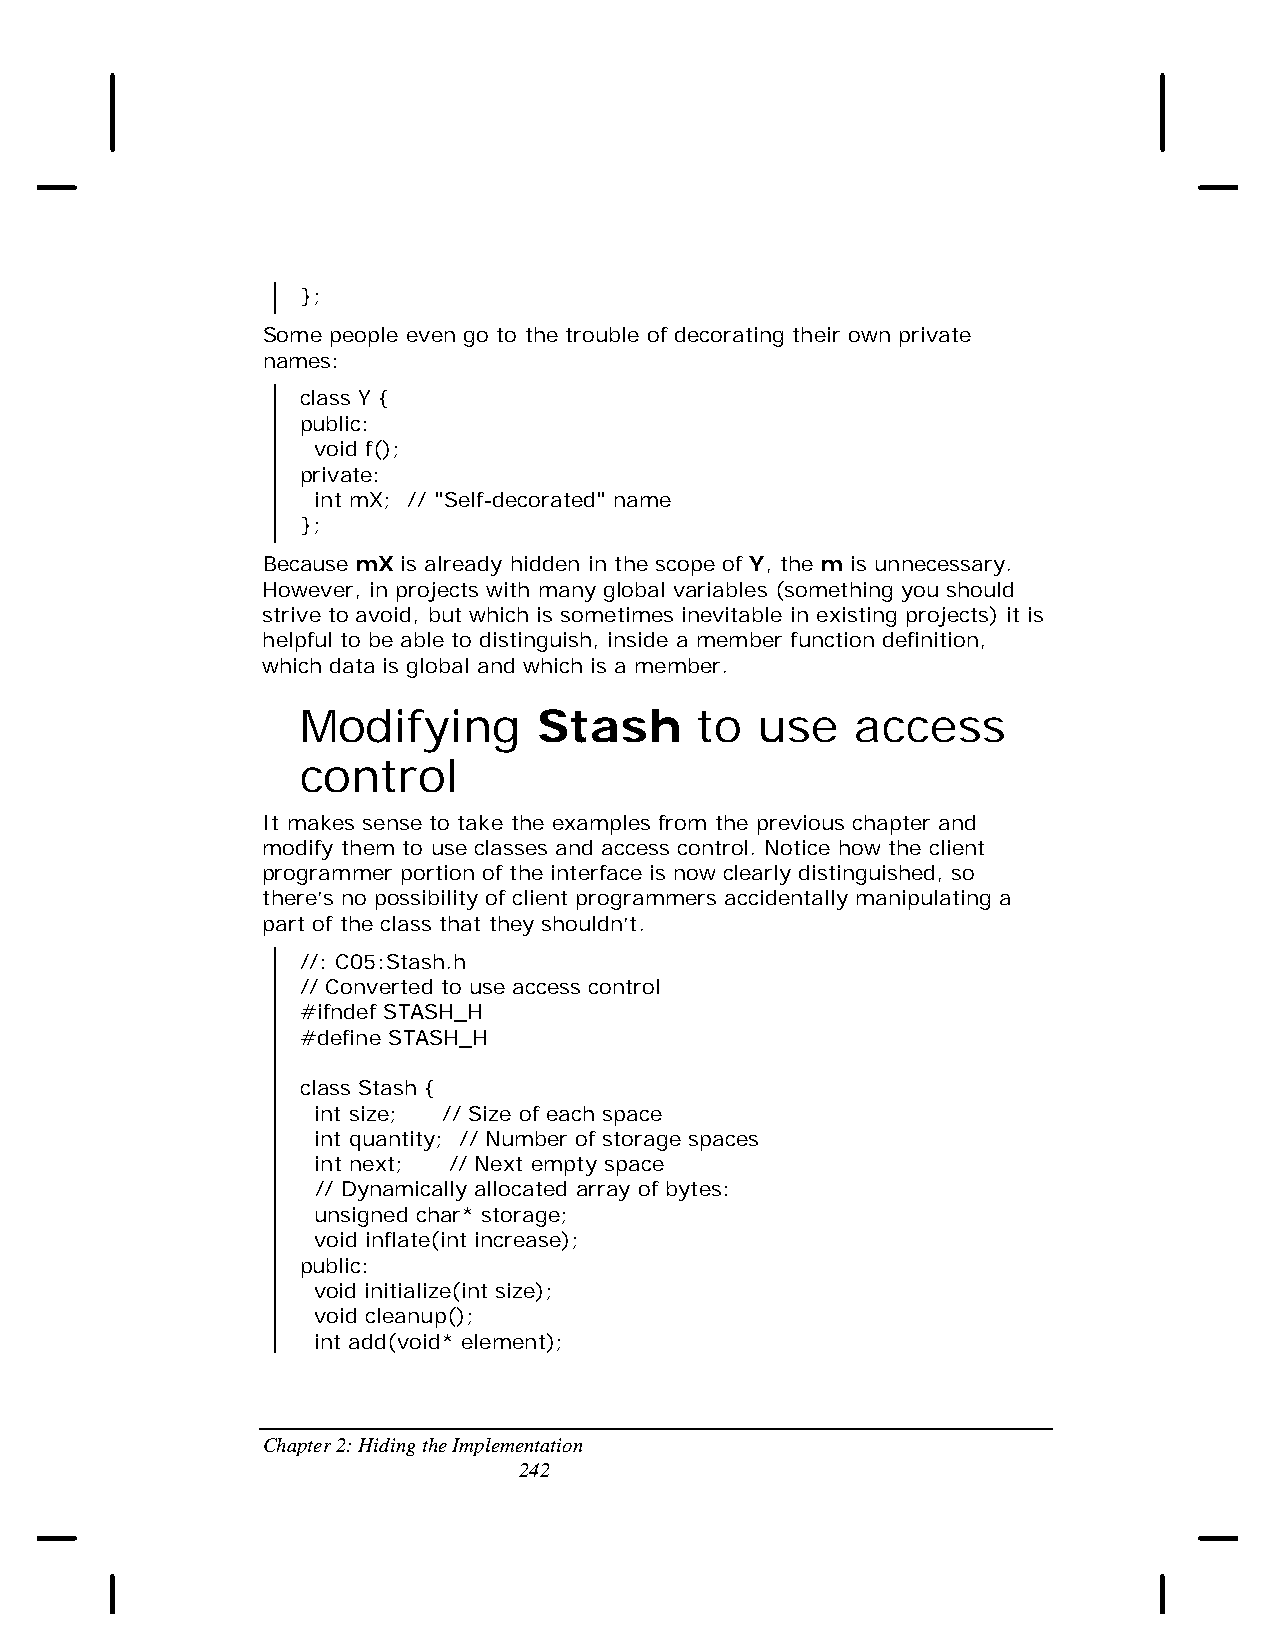
};
 Some people even go to the trouble of decorating their own private
 names:
 class Y {
 public:
 void f();
 private:
 int mX; // "Self-decorated" name
 };
 Because mX is already hidden in the scope of Y, the m is unnecessary.
 However, in projects with many global variables (something you should
 strive to avoid, but which is sometimes inevitable in existing projects) it is
 helpful to be able to distinguish, inside a member function definition,
 which data is global and which is a member.
 Modifying       Stash     to  use    access
 control
 It makes sense to take the examples from the previous chapter and
 modify them to use classes and access control. Notice how the client
 programmer portion of the interface is now clearly distinguished, so
 there’s no possibility of client programmers accidentally manipulating a
 part of the class that they shouldn’t.
 //: C05:Stash.h
 // Converted to use access control
 #ifndef STASH_H
 #define STASH_H
 class Stash {
 int size; // Size of each space
 int quantity; // Number of storage spaces
 int next; // Next empty space
 // Dynamically allocated array of bytes:
 unsigned char* storage;
 void inflate(int increase);
 public:
 void initialize(int size);
 void cleanup();
 int add(void* element);
 Chapter 2: Hiding the Implementation
 242